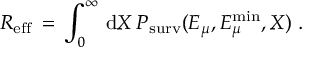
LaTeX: R _ { \mathrm { e f f } } \, = \, \int _ { 0 } ^ { \infty } \, \mathrm { d } X \, P _ { \mathrm { s u r v } } ( E _ { \mu } , E _ { \mu } ^ { \mathrm { m i n } } , X ) \; .